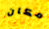
مكان